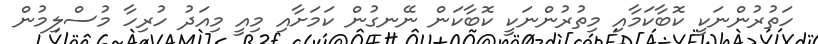
ހަތުރުންނަކީ ކޮބާކަމާއި މިތުރުންނަކީ ކޮބާކަން ނޭނގުން ކަމަށާއި މިއީ މިއަދު ހުރިހާ މުސްލިމުން